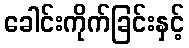
ခေါင်းကိုက်ခြင်းနှင့်